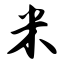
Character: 米